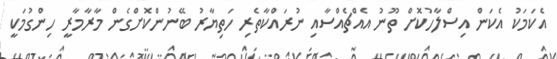
އެކަމަކު އެކަން އިސްލާހުކޮށް ތޫނު އެއްޗެއްސާއި ނުރައްކާތެރި ހަތިޔާރު ބޭނުންކޮށްގެން މާރާމާރީ ހިންގުމަކީ